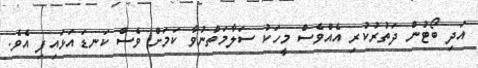
އަދި ބޯޓުން ދަތުރުކުރި އެއްވެސް މީހަކު ސަލާމަތްނުވާ ކަމަށް ވެސް ކަނޑައަޅައިފި އެވެ.